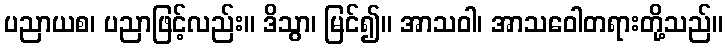
ပညာယစ၊ ပညာဖြင့်လည်း။ ဒိသွာ၊ မြင်၍။ အာသဝါ၊ အာသဝေါတရားတို့သည်။